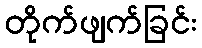
တိုက်ဖျက်ခြင်း